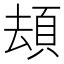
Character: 䪺